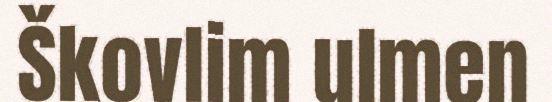
Škovlim ulmen